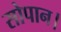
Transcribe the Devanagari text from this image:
सोपान।